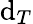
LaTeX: \mathrm{d}_{T}